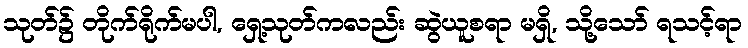
သုတ်၌ တိုက်ရိုက်မပါ, ရှေ့သုတ်ကလည်း ဆွဲယူစရာ မရှိ, သို့သော် ရသင့်ရာ